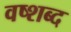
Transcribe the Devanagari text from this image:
वष्शब्द